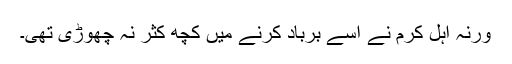
ورنہ اہل کرم نے اسے برباد کرنے میں کچھ کثر نہ چھوڑی تھی۔